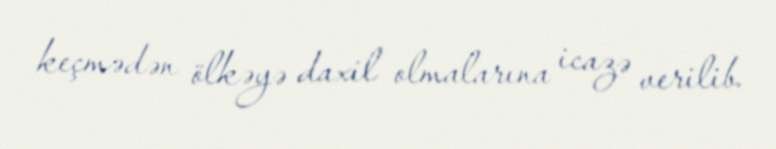
keçmədən ölkəyə daxil olmalarına icazə verilib.